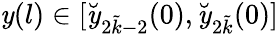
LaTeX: \mathit{y}(l)\in[\breve{{\mathit{y}}}_{2\tilde{{k}}-2}(0),\breve{{\mathit{y}}}_{2\tilde{{k}}}(0)]